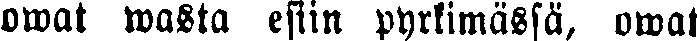
owat wasta esiin pyrkimässä, owat